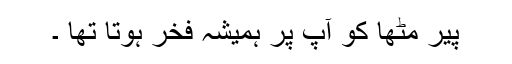
پیر مٹھاؒ کو آپ پر ہمیشہ فخر ہوتا تھا ۔